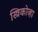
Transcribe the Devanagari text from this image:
स्त्रिकोव्हा